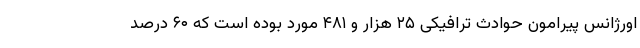
اورژانس پیرامون حوادث ترافیکی ۲۵ هزار و ۴۸۱ مورد بوده است که ۶۰ درصد